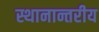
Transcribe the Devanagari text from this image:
स्थानान्तरीय